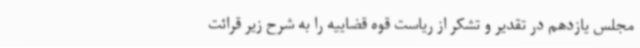
مجلس یازدهم در تقدیر و تشکر از ریاست قوه قضاییه را به شرح زیر قرائت